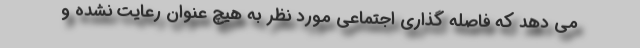
می دهد که فاصله گذاری اجتماعی مورد نظر به هیچ عنوان رعایت نشده و